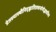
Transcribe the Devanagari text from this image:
प्रेतस्यास्थीनिगृह्णातिप्रधानांगोद्भवानिच